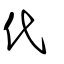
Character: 代